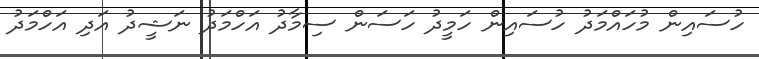
ހުސައިން މުހައްމަދު ހުސައިން ހަމީދު ހަސަން ސިމާދު އަހްމަދު ނަޝީދު އަދި އަހްމަދު